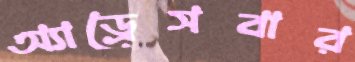
অ্যাড্রেসবার